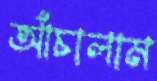
আঁচালাম